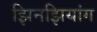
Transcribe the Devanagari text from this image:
झिनझियांग